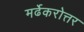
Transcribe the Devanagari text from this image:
मर्ढेकरोत्तर